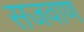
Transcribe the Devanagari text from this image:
सजवाण